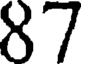
87